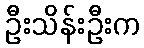
ဦးသိန်းဦးက